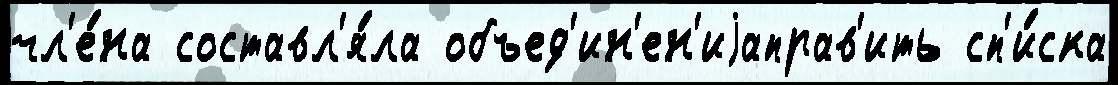
чл'е́на составл'я́ла объед'ин'ен'иjаправ'ить сп'и́ска